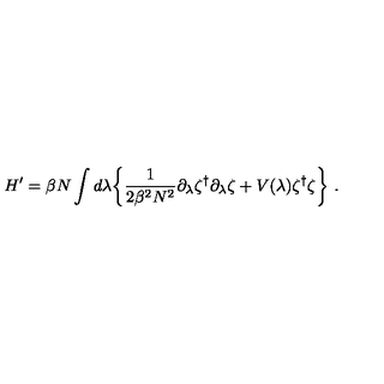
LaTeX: H ^ { \prime } = \beta N \int d \lambda \biggl \{ \frac { 1 } { 2 \beta ^ { 2 } N ^ { 2 } } \partial _ { \lambda } \zeta ^ { \dagger } \partial _ { \lambda } \zeta + V ( \lambda ) \zeta ^ { \dagger } \zeta \biggr \} \ .